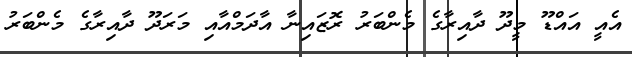
އެއީ އައްޑޫ މީދޫ ދާއިރާގެ މެންބަރު ރޮޒައިނާ އާދަމްއާއި މަރަދޫ ދާއިރާގެ މެންބަރު